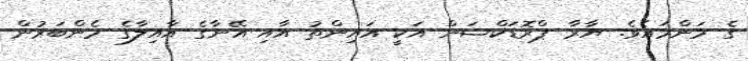
ގެ މަންމައެވެ. ޔާރާ ޕްރޮޑަކްޝަން އަކީ އައިންތު އާއި އޭނާގެ އާއިލާގެ މެންބަރުން